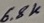
Text: 6.8K